Report on malaria in the Punjab during the year ...  together with an account of the work of the Punjab Malaria Bureau - Volume 1
Disease focus: Malaria
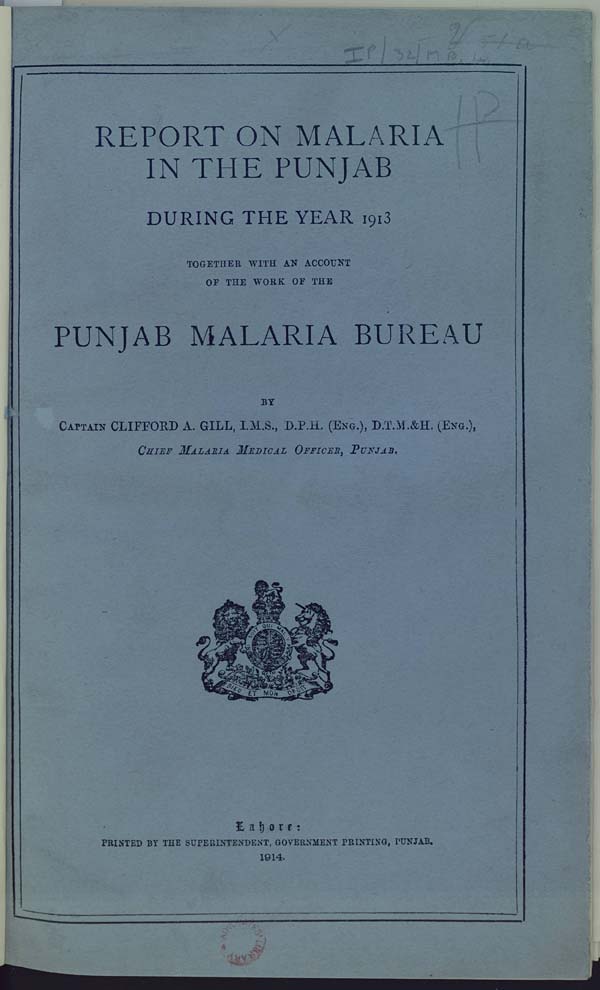
REPORT ON MALARIA
IN THE PUNJAB
DURING THE YEAR 1913
TOGETHER WITH AN ACCOUNT
OF THE WORK OF THE
PUNJAB MALARIA BUREAU
BY
CAPTAIN CLIFFORD A. GILL, I.M.S., D.P.H. (ENG.), D.T.M.&H. (ENG.),
CHIEF MALARIA MEDICAL OFFICER, PUNJAB.
Lahore:
PRINTED BY THE SUPERINTENDENT, GOVERNMENT PRINTING, PUNJAB.
1914.